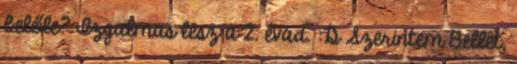
belőle? Izgalmas lesz a 2. évad. :D Szerintem Bellet,